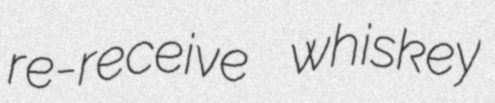
re-receive whiskey